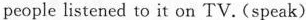
people listened to it on TV.(speak)